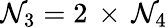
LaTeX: {\cal N}_{3}=2\, \times\, {\cal N}_{4}